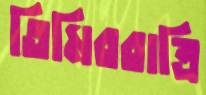
তিমিররাত্রি